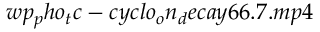
w p _ { p } h o _ { t } c - c y c l o _ { o } n _ { d } e c a y 6 6 . 7 . m p 4